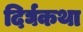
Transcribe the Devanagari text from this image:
दिर्घकथा